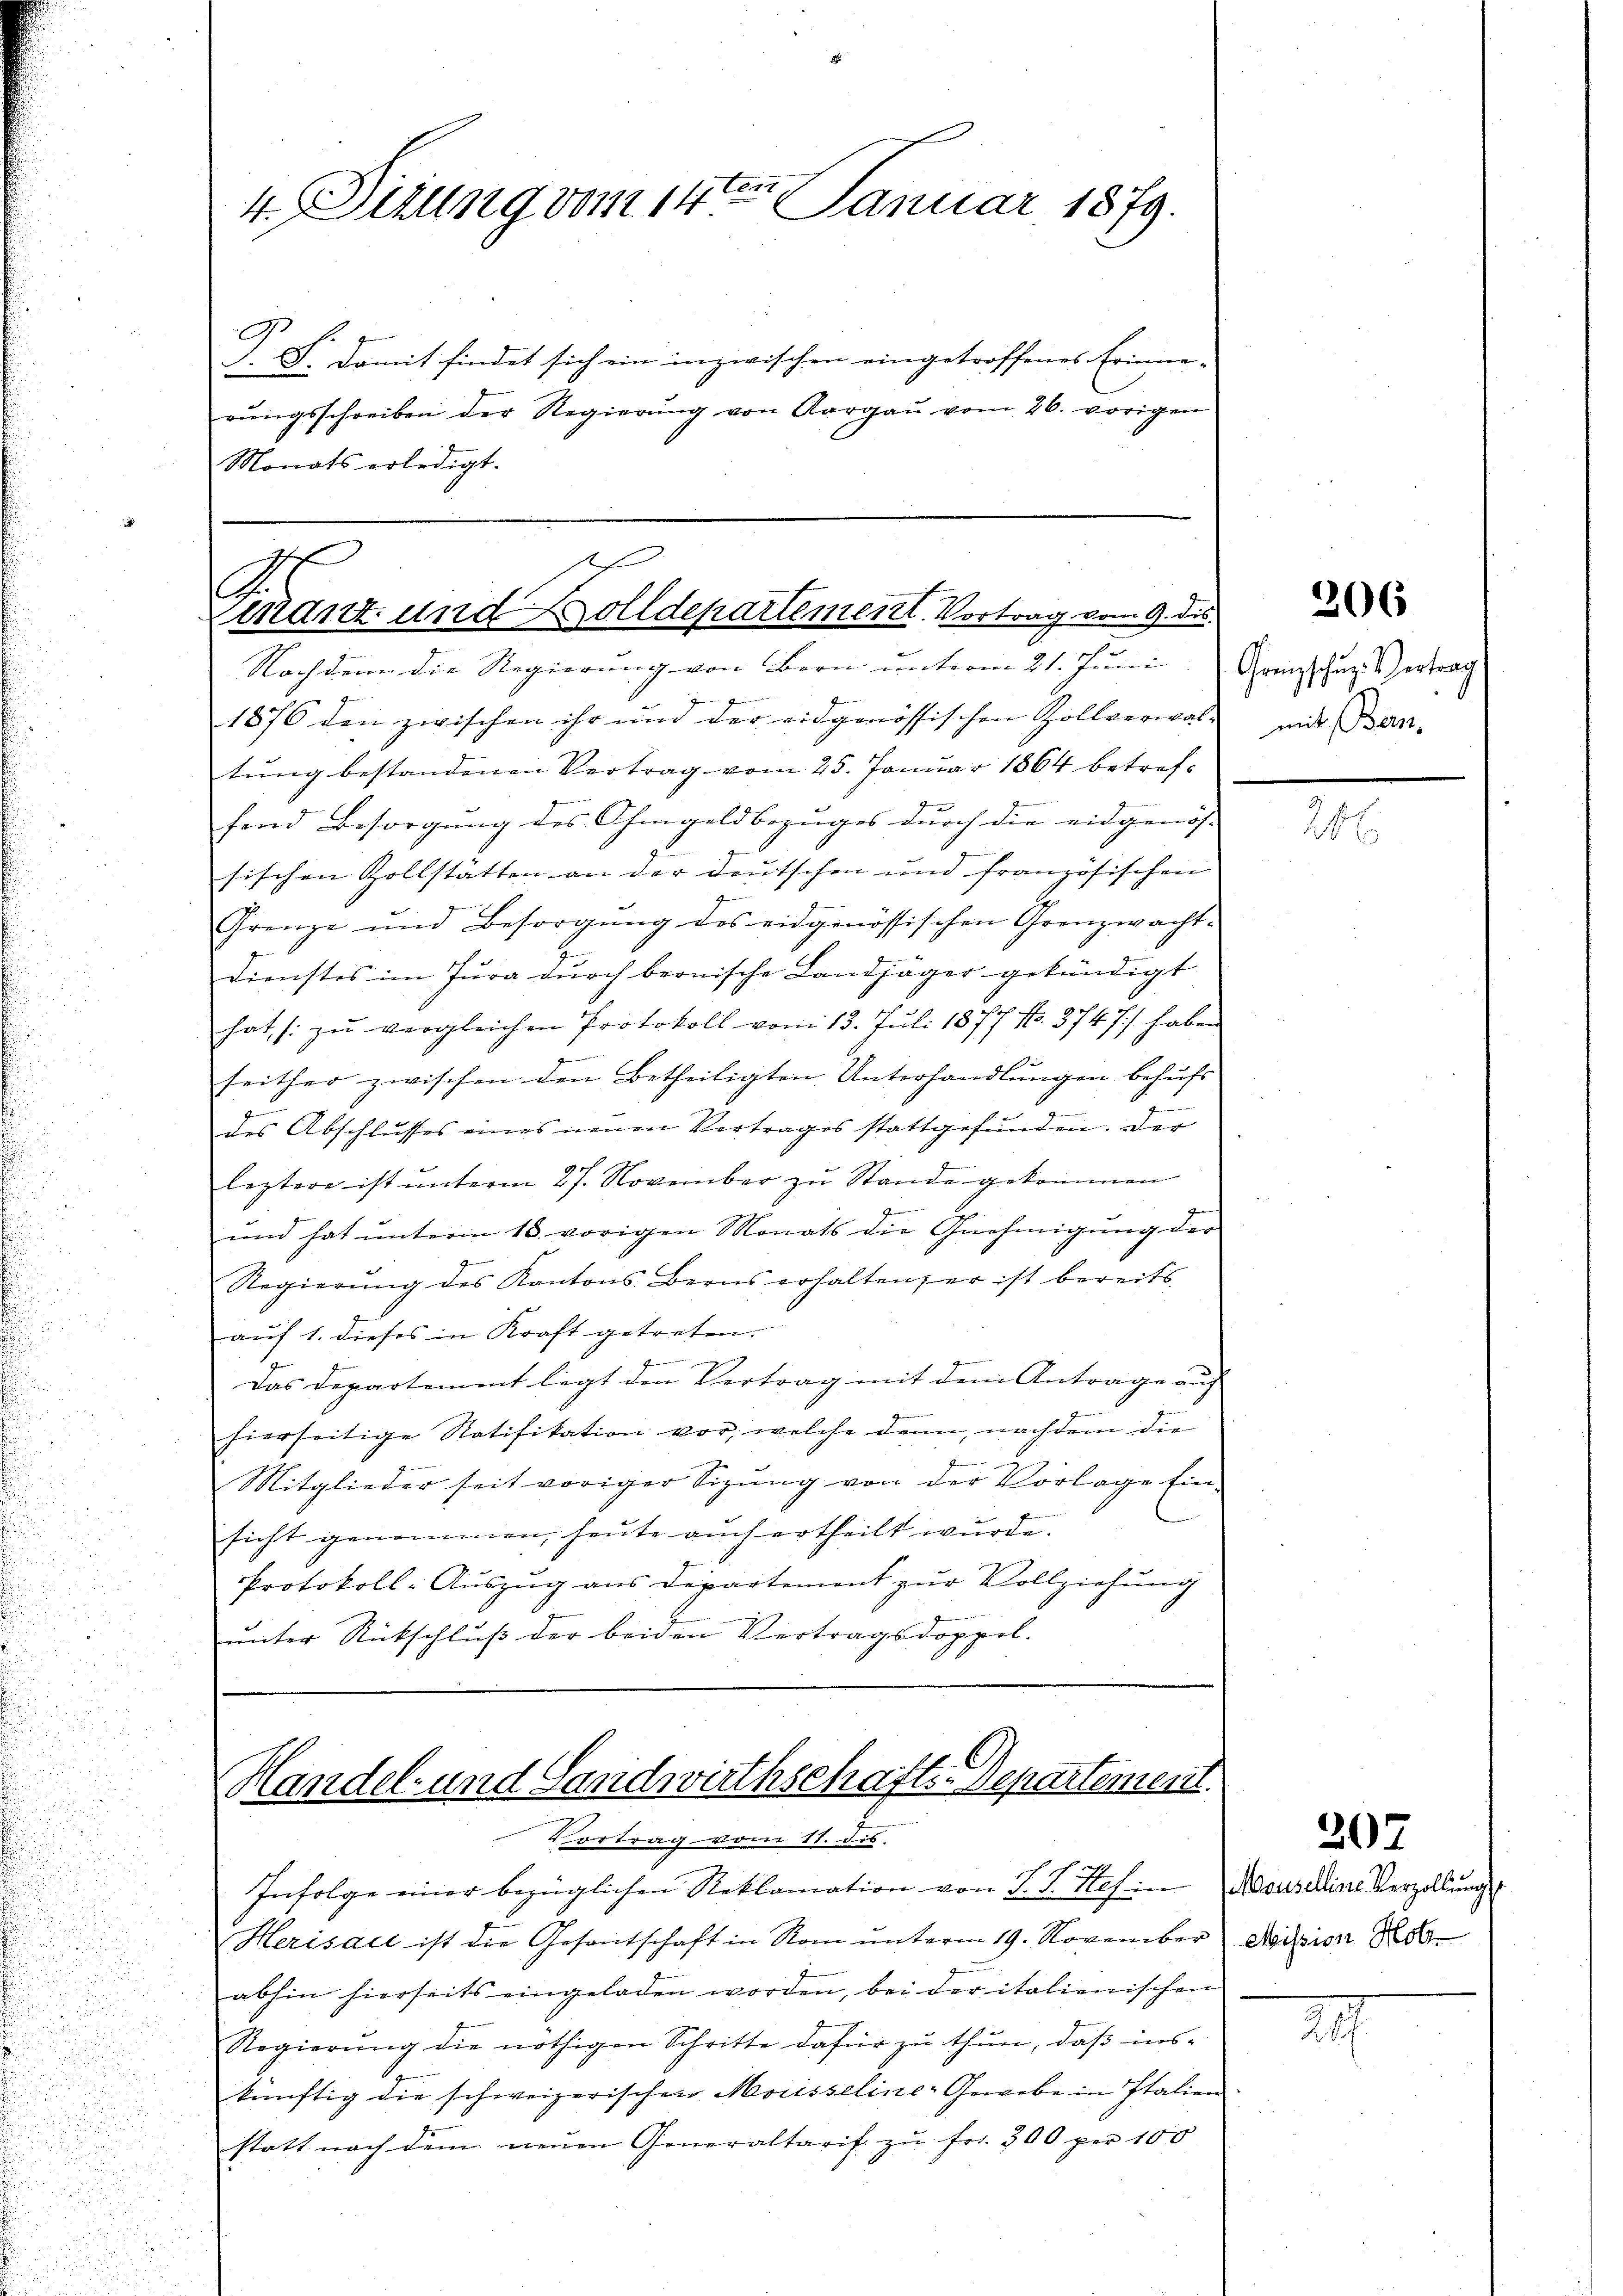
E
J. F. damit findet sich ein inzwischen eingetroffenes Erinne-
rŭngsschreiben der Regierŭng von Aargaŭ vom 26. vorigen
Monats erledigt.

4. Tizung vom 14ten Januar 1879.

f
s
mant und Zolldepartement. Vortrag vom 9. des
Nachdem die Regierung von Bern unterm 21. Juni. Gransschuz Vertrag

1876 den zwischen ihr und der eidgenössischen Zollverwaltung bestandenen Vertrag vom 25. Januar 1864 betreffend Besorgung des Ohmgeldbezuges durch die eidgenös
sischen Zollstätten an der Deutschen und französischen
Grenze und Besorgung des eidgenössischen Grenzwacht-
dienstes im Jura durch beonische Landjäger gekündigt
hat, (: zu vergleichen Protokoll vom 13. Juli 1877 No. 3747/ haben
1
seither zwischen den Betheiligten Unterhandlungen behufs
g
des Abschlŭsses eines neuen Vertrages stattgefŭnden. Der
leztere ist unterm 27. November zu Stande gekommen
und hat ŭnterm 18. vorigen Monats die Gnehmigŭng der
Regierŭng des Kantons Berns erhalten; er ist bereits
auf 1. dieses in Kraft getreten.

Das Departement legt den Vertrag mit dem Antrage auf
hierseitige Ratifikation vor, welche denn, nachdem die
Mitglieder seit voriger Sitzŭng von der Vorlage fin-
sicht genommen, heute auch ertheilt wurde.
Protokoll-Auszug aus Departement zur Vollziehung
unter Rückschluß der beiden Vertragsdoppel.

Handel- und Landwirthschafts-Departement.
Vortrag vom 11. dis.
Infolge einer bezüglichen Reklamation von J. J. Hef: Aouseine Verzellung

Herisau ist die Gesantschaft in Rom unterm 19. November division
abhin hierseits eingeladen worden, bei der italienischen
Regierŭng die nöthigen Schritte dafür zu thun, daß ins-
künftig die schweizerischen Morisseline-Gewebe in Italien
statt nach dem neŭen Generaltarif zŭ fr. 300 per 100.

206

mit Bern.

207

2